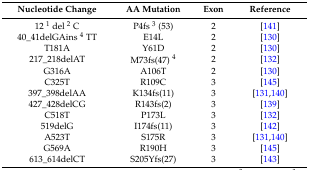
<table><thead><tr><td><b>Nucleotide Change</b></td><td><b>AA Mutation</b></td><td><b>Exon</b></td><td><b>Reference</b></td></tr></thead><tbody><tr><td>12 <sup>1</sup> del <sup>2</sup> C</td><td>P4fs <sup>3</sup> (53)</td><td>2</td><td>[141]</td></tr><tr><td>40_41delGAins <sup>4</sup> TT</td><td>E14L</td><td>2</td><td>[130]</td></tr><tr><td>T181A</td><td>Y61D</td><td>2</td><td>[130]</td></tr><tr><td>217_218delAT</td><td>M73fs(47) <sup>4</sup></td><td>2</td><td>[132]</td></tr><tr><td>G316A</td><td>A106T</td><td>2</td><td>[130]</td></tr><tr><td>C325T</td><td>R109C</td><td>3</td><td>[145]</td></tr><tr><td>397_398delAA</td><td>K134fs(11)</td><td>3</td><td>[131,140]</td></tr><tr><td>427_428delCG</td><td>R143fs(2)</td><td>3</td><td>[139]</td></tr><tr><td>C518T</td><td>P173L</td><td>3</td><td>[132]</td></tr><tr><td>519delG</td><td>I174fs(11)</td><td>3</td><td>[142]</td></tr><tr><td>A523T</td><td>S175R</td><td>3</td><td>[131,140]</td></tr><tr><td>G569A</td><td>R190H</td><td>3</td><td>[145]</td></tr><tr><td>613_614delCT</td><td>S205Yfs(27)</td><td>3</td><td>[143]</td></tr></tbody></table>